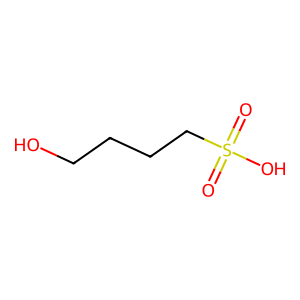
SMILES: O=S(=O)(O)CCCCO
Inhibits HIV replication: No